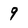
Character: 9